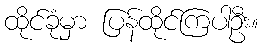
ထိုင်ခုံမှာ ပြန်ထိုင်ကြပါဦး။